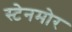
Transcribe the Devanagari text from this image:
स्टेनमोर